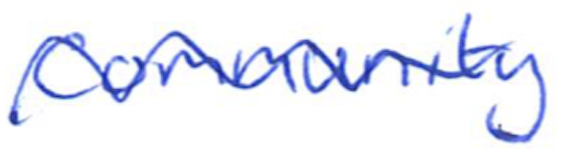
Text: community
Cross-out: mix
Writing tool: ballpoint